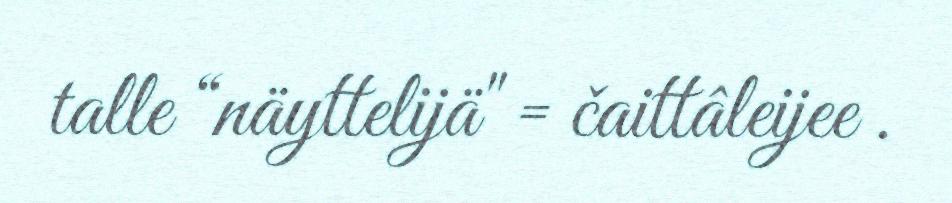
talle “näyttelijä" = čaittâleijee .